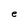
Character: e